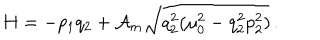
LaTeX: H = - p _ { 1 } q _ { 2 } + { \cal A } _ { m } \sqrt { q _ { 2 } ^ { 2 } ( \mu _ { 0 } ^ { 2 } - q _ { 2 } ^ { 2 } p _ { 2 } ^ { 2 } ) } \, { . }